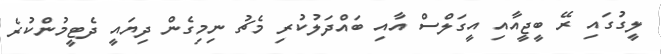
ލީގުގައި ރޭ ބީޖީއާއި އީގަލްސް އާއި ބައްދަލުކުރި މެޗު ނިމިގެން ދިޔައީ ދެޓީމުންކުރެ